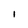
Character: I